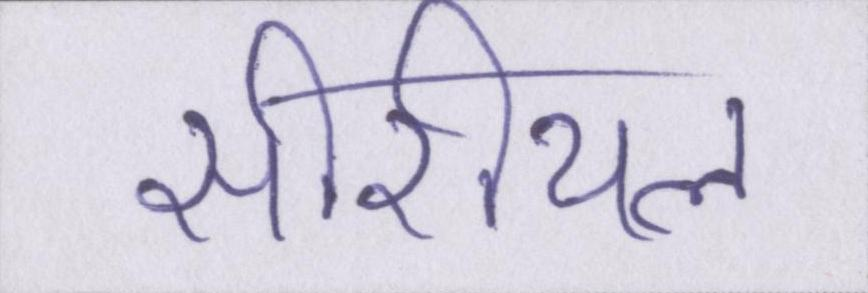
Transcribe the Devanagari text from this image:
सीरीयल